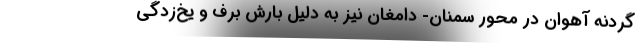
گردنه آهوان در محور سمنان- دامغان نیز به دلیل بارش برف و یخ‌زدگی